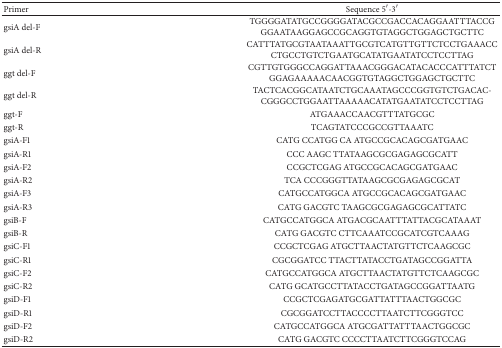
<table><thead><tr><td><b>Primer</b></td><td><b>Sequence 5′-3′</b></td></tr></thead><tbody><tr><td>gsiA del-F</td><td>TGGGGATATGCCGGGGATACGCCGACCACAGGAATTTACCGGGAATAAGGAGCCGCAGGTGTAGGCTGGAGCTGCTTC</td></tr><tr><td>gsiA del-R</td><td>CATTTATGCGTAATAAATTGCGTCATGTTGTTCTCCTGAAACCCTGCCTGTCTGAATGCATATGAATATCCTCCTTAG</td></tr><tr><td>ggt del-F</td><td>CGTTGTGGGCCAGGATTAAACGGGACATACACCCATTTATCTGGAGAAAAACAACGGTGTAGGCTGGAGCTGCTTC</td></tr><tr><td>ggt del-R</td><td>TACTCACGGCATAATCTGCAAATAGCCCGGTGTCTGACAC-CGGGCCTGGAATTAAAAACATATGAATATCCTCCTTAG</td></tr><tr><td>ggt-F</td><td>ATGAAACCAACGTTTATGCGC</td></tr><tr><td>ggt-R</td><td>TCAGTATCCCGCCGTTAAATC</td></tr><tr><td>gsiA-F1</td><td>CATG CCATGG CA ATGCCGCACAGCGATGAAC</td></tr><tr><td>gsiA-R1</td><td>CCC AAGC TTATAAGCGCGAGAGCGCATT</td></tr><tr><td>gsiA-F2</td><td>CCGCTCGAG ATGCCGCACAGCGATGAAC</td></tr><tr><td>gsiA-R2</td><td>TCA CCCGGGTTATAAGCGCGAGAGCGCAT</td></tr><tr><td>gsiA-F3</td><td>CATGCCATGGCA ATGCCGCACAGCGATGAAC</td></tr><tr><td>gsiA-R3</td><td>CATG GACGTC TAAGCGCGAGAGCGCATTATC</td></tr><tr><td>gsiB-F</td><td>CATGCCATGGCA ATGACGCAATTTATTACGCATAAAT</td></tr><tr><td>gsiB-R</td><td>CATG GACGTC CTTCAAATCCGCATCGTCAAAG</td></tr><tr><td>gsiC-F1</td><td>CCGCTCGAG ATGCTTAACTATGTTCTCAAGCGC</td></tr><tr><td>gsiC-R1</td><td>CGCGGATCC TTACTTATACCTGATAGCCGGATTA</td></tr><tr><td>gsiC-F2</td><td>CATGCCATGGCA ATGCTTAACTATGTTCTCAAGCGC</td></tr><tr><td>gsiC-R2</td><td>CATG GCATGCCTTATACCTGATAGCCGGATTAATG</td></tr><tr><td>gsiD-F1</td><td>CCGCTCGAGATGCGATTATTTAACTGGCGC</td></tr><tr><td>gsiD-R1</td><td>CGCGGATCCTTACCCCTTAATCTTCGGGTCC</td></tr><tr><td>gsiD-F2</td><td>CATGCCATGGCA ATGCGATTATTTAACTGGCGC</td></tr><tr><td>gsiD-R2</td><td>CATG GACGTC CCCCTTAATCTTCGGGTCCAG</td></tr></tbody></table>